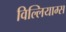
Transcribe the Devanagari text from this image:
विल्लियाम्स